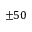
\pm { } 5 0